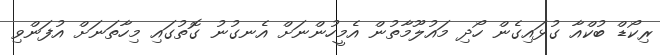
ރިކޯޑް ބުކްއާ ގުޅައިގެން ހޯދި މައުލޫމާތުން އެމީހުންނަށް އެނގުނު ގޮތުގައި މިހާތަނަށް އުފަންވި